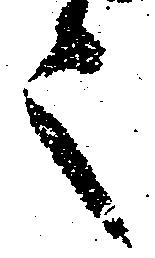
之